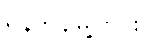
ရန်ကုန်မြို့တွင်း